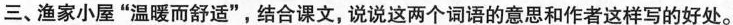
三、渔家小屋”温暖而舒适”，结合课文，说说这两个词语的意思和作者这样写的好处。